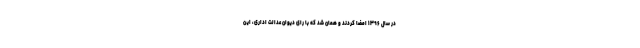
در سال ۱۳۹۶ امضا کردند و همان شد که با رای دیوان عدالت اداری، این